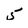
Character: 5